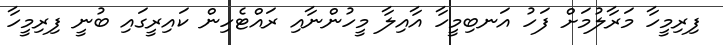
ފިރިމީހާ މަރާލުމަށް ފަހު އަނބިމީހާ އާއިލާ މީހުންނާއި ރައްޓެހިން ކައިރީގައި ބުނީ ފިރިމީހާ